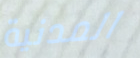
المدنية